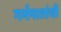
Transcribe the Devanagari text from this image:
गर्भपातांची